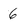
Character: 6